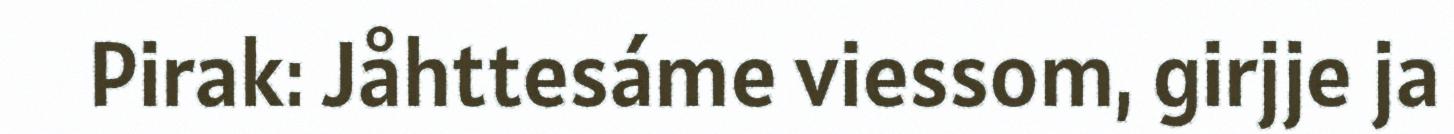
Pirak: Jåhttesáme viessom, girjje ja